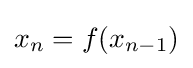
x_{n}=f(x_{n-1})